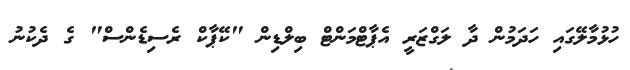
ހުޅުމާލޭގައި ހަދަމުން ދާ ލަގްޒަރީ އެޕާޓްމަންޓް ބިލްޑިން "ކޭޕާކް ރެސިޑެންސް" ގެ ދެކުނު